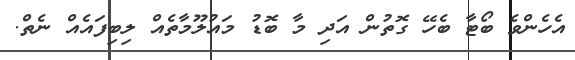
އެހެންވެ ބޯޓާ ބެހޭ ގޮތުން އަދި މާ ބޮޑު މައުލޫމާތެއް ލިބިފައެއް ނެތް.